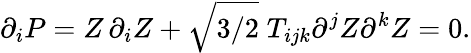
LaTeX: \partial_{i}P=Z\, \partial_{i}Z+\sqrt{3/2}\; T_{ijk}\partial^{j}Z\partial^{k}Z=0.